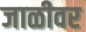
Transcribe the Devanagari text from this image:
जाळीवर